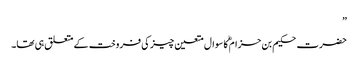
”
حضرت حکیم بن حزام ؓکا سوال متعین چیز کی فروخت کے متعلق ہی تھا۔